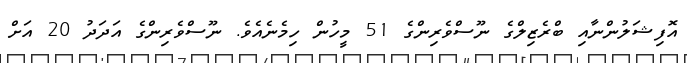
އޮފިޝަލުންނާއި ބްރެޒިލްގެ ނޫސްވެރިންގެ 51 މީހުން ހިމެނެއެވެ. ނޫސްވެރިންގެ އަދަދު 20 އަށް